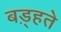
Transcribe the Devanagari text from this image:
बड़्हते